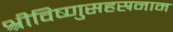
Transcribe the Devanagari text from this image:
श्रीविष्णुसहस्रनाम